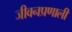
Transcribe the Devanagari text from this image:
जीवनप्रणाली